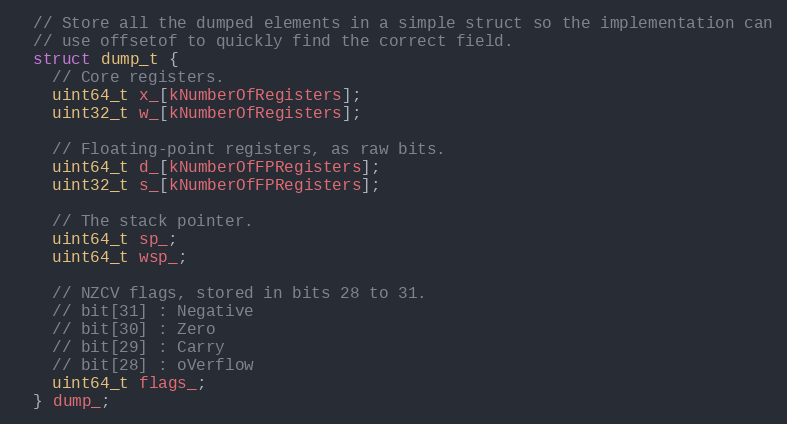
Language: C
  // Store all the dumped elements in a simple struct so the implementation can
  // use offsetof to quickly find the correct field.
  struct dump_t {
    // Core registers.
    uint64_t x_[kNumberOfRegisters];
    uint32_t w_[kNumberOfRegisters];

    // Floating-point registers, as raw bits.
    uint64_t d_[kNumberOfFPRegisters];
    uint32_t s_[kNumberOfFPRegisters];

    // The stack pointer.
    uint64_t sp_;
    uint64_t wsp_;

    // NZCV flags, stored in bits 28 to 31.
    // bit[31] : Negative
    // bit[30] : Zero
    // bit[29] : Carry
    // bit[28] : oVerflow
    uint64_t flags_;
  } dump_;